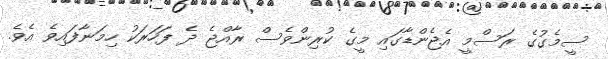
ސީމެގުގެ ރަސްމީ އެޖެންޑާގައި މީގެ ކުރިންވެސް ރާއްޖެ ދެ ފަހަރަކު ހިމަނާފައިވެ އެވެ.